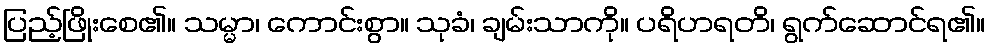
ပြည့်ဖြိုးစေ၏။ သမ္မာ၊ ကောင်းစွာ။ သုခံ၊ ချမ်းသာကို။ ပရိဟရတိ၊ ရွက်ဆောင်ရ၏။